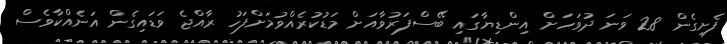
ފެށިގެން 28 ވަނަ ދުވަހަށް އިންޑިޔާގައި ބޭސްފަރުވާއަށް މަޑުކުރެއްވުމަށްފަހު ރާއްޖެ ވަޑައިގެން އަނެއްކާވެސް